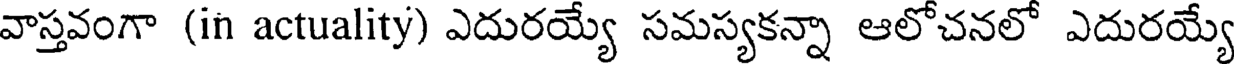
వాస్తవంగా (in actuality) ఎదురయ్యే సమస్యకన్నా ఆలోచనలో ఎదురయ్యే